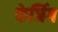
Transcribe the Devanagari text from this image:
फेजिंग